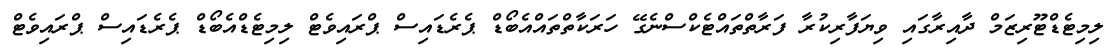
ލިމިޓެޑްޓޫރިޒަމް ދާއިރާގައި ވިޔަފާރިކުރާ ފަރާތްތައްޓެކްސްނެގޭ ހަރަކާތްތައްއެބޯޑް ޕެރެޑައިސް ޕްރައިވެޓް ލިމިޓެޑްއެބޯޑް ޕެރެޑައިސް ޕްރައިވެޓް